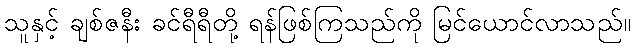
သူနှင့် ချစ်ဇနီး ခင်ရီရီတို့ ရန်ဖြစ်ကြသည်ကို မြင်ယောင်လာသည်။